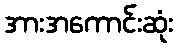
အားအကောင်းဆုံး